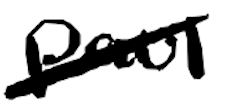
Text: Paul
Cross-out: mix
Writing tool: digital_black